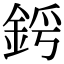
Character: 𨦜